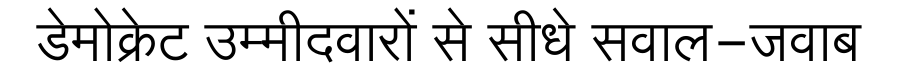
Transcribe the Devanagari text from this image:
डेमोक्रेट उम्मीदवारों से सीधे सवाल-जवाब